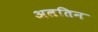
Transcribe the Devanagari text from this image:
अलतिन